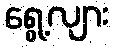
ရွေ့လျား